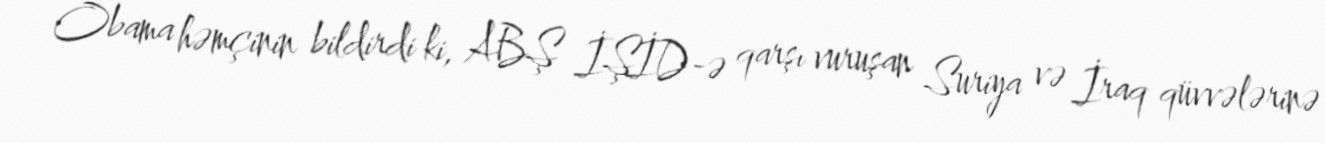
Obama həmçinin bildirdi ki, ABŞ İŞİD-ə qarşı vuruşan Suriya və İraq qüvvələrinə